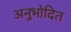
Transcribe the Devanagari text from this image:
अनुभोदित